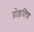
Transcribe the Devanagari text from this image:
प्रोडक्टिव